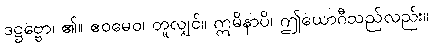
ဒဋ္ဌဗ္ဗော၊ ၏။ ဧဝမေဝ၊ တူလျှင်။ ဣမိနာပိ၊ ဤယောဂီသည်လည်း။